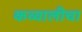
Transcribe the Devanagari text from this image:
कव्वालीचा